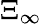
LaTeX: \Xi_{\infty}